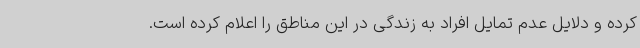
کرده و دلایل عدم تمایل افراد به زندگی در این مناطق را اعلام کرده است.